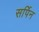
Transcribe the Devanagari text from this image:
सर्पिन